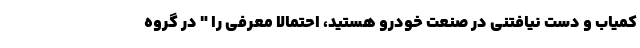
کمیاب و دست نیافتنی در صنعت خودرو هستید، احتمالا معرفی را " در گروه